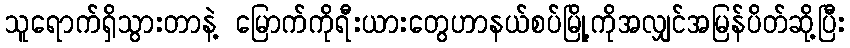
သူရောက်ရှိသွားတာနဲ့ မြောက်ကိုရီးယားတွေဟာနယ်စပ်မြို့ကိုအလျှင်အမြန်ပိတ်ဆို့ပြီး